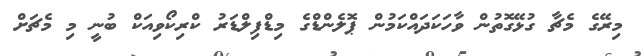
މިރޭގެ މެޗާ ގުޅޭގޮތުން ވާހަކަދައްކަމުން ޕޮލެންޑްގެ މިޑްފިލްޑަރު ކްރިކޯވިއަކް ބުނީ މި މެޗަށް